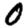
Digit: 0